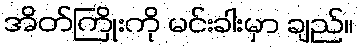
အိတ်ကြိုးကို မင်းခါးမှာ ချည်။